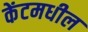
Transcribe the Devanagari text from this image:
केंटमधील